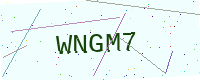
Text: WNGM7